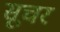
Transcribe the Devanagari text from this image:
सूचर